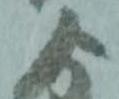
よ